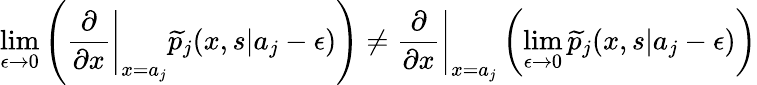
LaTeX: \operatorname*{lim}_{\epsilon\rightarrow 0}\left(\left.\frac{\partial}{\partial x}\right|_{x=a_{j}}\widetilde{p}_{j}(x,s|a_{j}-\epsilon)\right)\neq\left.\frac{\partial}{\partial x}\right|_{x=a_{j}}\left(\operatorname*{lim}_{\epsilon\rightarrow 0}\widetilde{p}_{j}(x,s|a_{j}-\epsilon)\right)